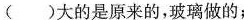
()大的是原来的，玻璃做的；